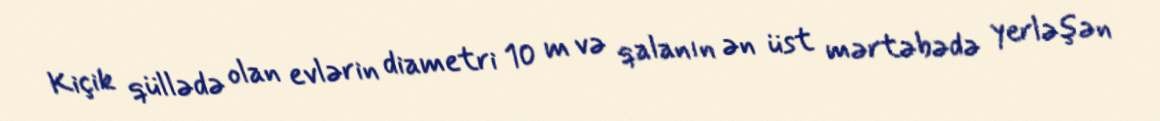
Kiçik qüllədə olan evlərin diametri 10 m və qalanın ən üst mərtəbədə yerləşən